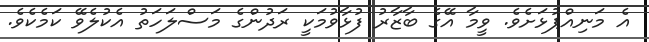
އެ މަނިއްޕުޅަށެވެ. ވީމާ އޭގެ ބާޒާރު ފުޅާވުމަކީ ރަދުންގެ މަސްލަހަތު އެކުލެވޭ ކަމެކެވެ.